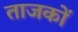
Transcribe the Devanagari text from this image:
ताजकों